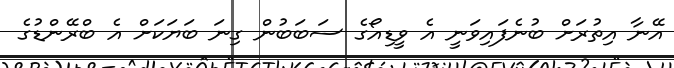
އޭނާ އިތުރަށް ބުނެފައިވަނީ އެ ވީޑިއޯގެ ސަބަބުން ގިނަ ބަޔަކަށް އެ ބްރޭންޑުގެ